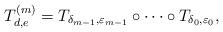
LaTeX: \begin{align*}T_{d,e}^{(m)} = T_{\delta_{m-1},\varepsilon_{m-1}}\circ\cdots\circ T_{\delta_0,\varepsilon_0},\end{align*}